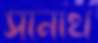
সানাথ